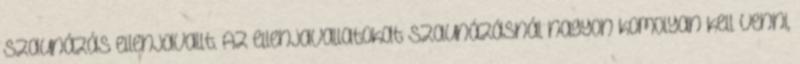
szaunázás ellenjavallt. Az ellenjavallatokat szaunázásnál nagyon komolyan kell venni,